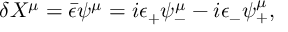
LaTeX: \delta X ^ { \mu } = \bar { \epsilon } \psi ^ { \mu } = i \epsilon _ { + } \psi _ { - } ^ { \mu } - i \epsilon _ { - } \psi _ { + } ^ { \mu } ,